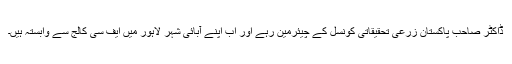
ڈاکٹر صاحب پاکستان زرعی تحقیقاتی کونسل کے چیئرمین رہے اور اب اپنے آبائی شہر لاہور میں ایف سی کالج سے وابستہ ہیں۔